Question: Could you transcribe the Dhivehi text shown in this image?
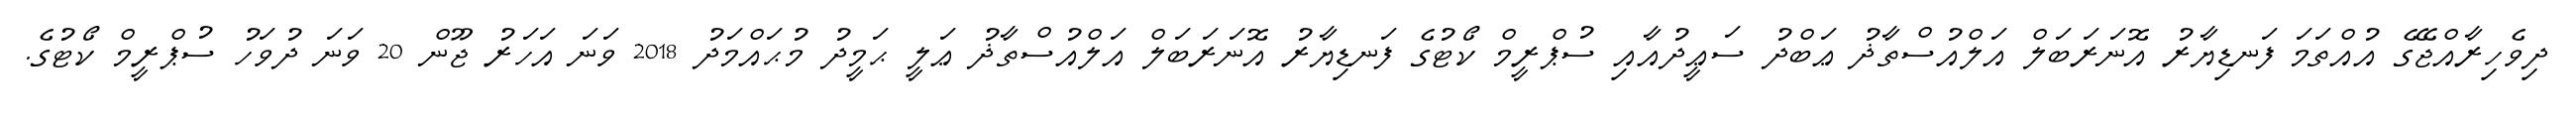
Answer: ދިވެހިރާއްޖޭގެ އުއްތަމަ ފަނޑިޔާރު އޮނަރަބަލް އަލްއުސްތާޛު ޢަބްދު ސަޢީދުއާއި ސުޕްރީމް ކޯޓުގެ ފަނޑިޔާރު އޮނަރަބަލް އަލްއުސްތާޛު ޢަލީ ޙަމީދު މުޙައްމަދު 2018 ވަނަ އަހަރު ޖޫން 20 ވަނަ ދުވަހު ސުޕްރީމް ކޯޓުގެ.